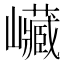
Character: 𡿄